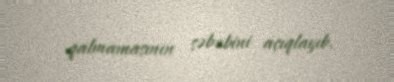
qalmamasının səbəbini açıqlayıb.